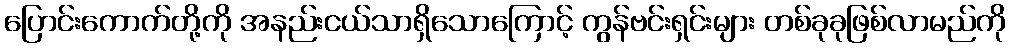
ပြောင်းကောက်တို့ကို အနည်းငယ်သာရှိသောကြောင့် ကွန်ဗင်းရှင်းများ တစ်ခုခုဖြစ်လာမည်ကို